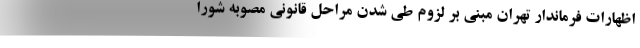
اظهارات فرماندار تهران مبنی بر لزوم طی شدن مراحل قانونی مصوبه شورا